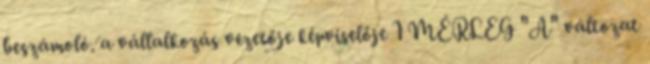
beszámoló. a vállalkozás vezetője képviselője 1 MÉRLEG "A" változat